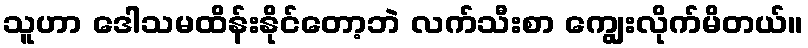
သူဟာ ဒေါသမထိန်းနိုင်တော့ဘဲ လက်သီးစာ ကျွေးလိုက်မိတယ်။